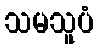
သမသူပံ